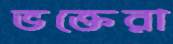
ভক্তেরা